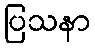
ပြသနာ